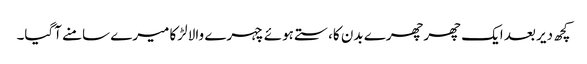
کچھ دیر بعد ایک چھرچھرے بدن کا،ستے ہوئے چہرے والا لڑکا میرے سامنے آگیا۔